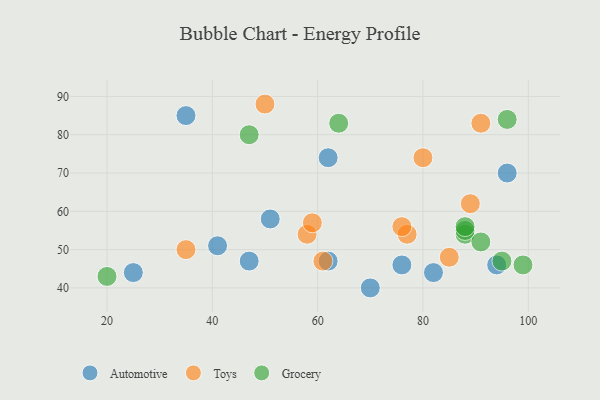
{"axis": {"x": "GDP", "y": "Life Expectancy"}, "legend": ["Automotive", "Grocery", "Toys"], "data": [{"x": "35", "y": 85, "type": "Automotive"}, {"x": "70", "y": 40, "type": "Automotive"}, {"x": "25", "y": 44, "type": "Automotive"}, {"x": "82", "y": 44, "type": "Automotive"}, {"x": "62", "y": 47, "type": "Automotive"}, {"x": "62", "y": 74, "type": "Automotive"}, {"x": "94", "y": 46, "type": "Automotive"}, {"x": "76", "y": 46, "type": "Automotive"}, {"x": "47", "y": 47, "type": "Automotive"}, {"x": "51", "y": 58, "type": "Automotive"}, {"x": "41", "y": 51, "type": "Automotive"}, {"x": "96", "y": 70, "type": "Automotive"}, {"x": "80", "y": 74, "type": "Toys"}, {"x": "58", "y": 54, "type": "Toys"}, {"x": "35", "y": 50, "type": "Toys"}, {"x": "77", "y": 54, "type": "Toys"}, {"x": "91", "y": 83, "type": "Toys"}, {"x": "61", "y": 47, "type": "Toys"}, {"x": "50", "y": 88, "type": "Toys"}, {"x": "76", "y": 56, "type": "Toys"}, {"x": "85", "y": 48, "type": "Toys"}, {"x": "59", "y": 57, "type": "Toys"}, {"x": "89", "y": 62, "type": "Toys"}, {"x": "99", "y": 46, "type": "Grocery"}, {"x": "95", "y": 47, "type": "Grocery"}, {"x": "64", "y": 83, "type": "Grocery"}, {"x": "88", "y": 54, "type": "Grocery"}, {"x": "91", "y": 52, "type": "Grocery"}, {"x": "88", "y": 55, "type": "Grocery"}, {"x": "88", "y": 56, "type": "Grocery"}, {"x": "96", "y": 84, "type": "Grocery"}, {"x": "20", "y": 43, "type": "Grocery"}, {"x": "47", "y": 80, "type": "Grocery"}]}